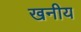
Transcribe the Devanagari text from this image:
खनीय